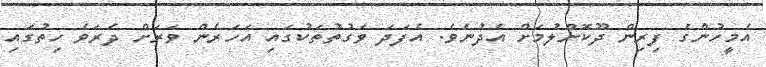
އެމީހުންގެ ފިރިން ދޫކޮށްލުމަށް އެދުނެވެ. އެފަދަ ވަގުތުތަކުގައި އަހަރެން ވަރަށް ދެރަވެ ހިތުގައި